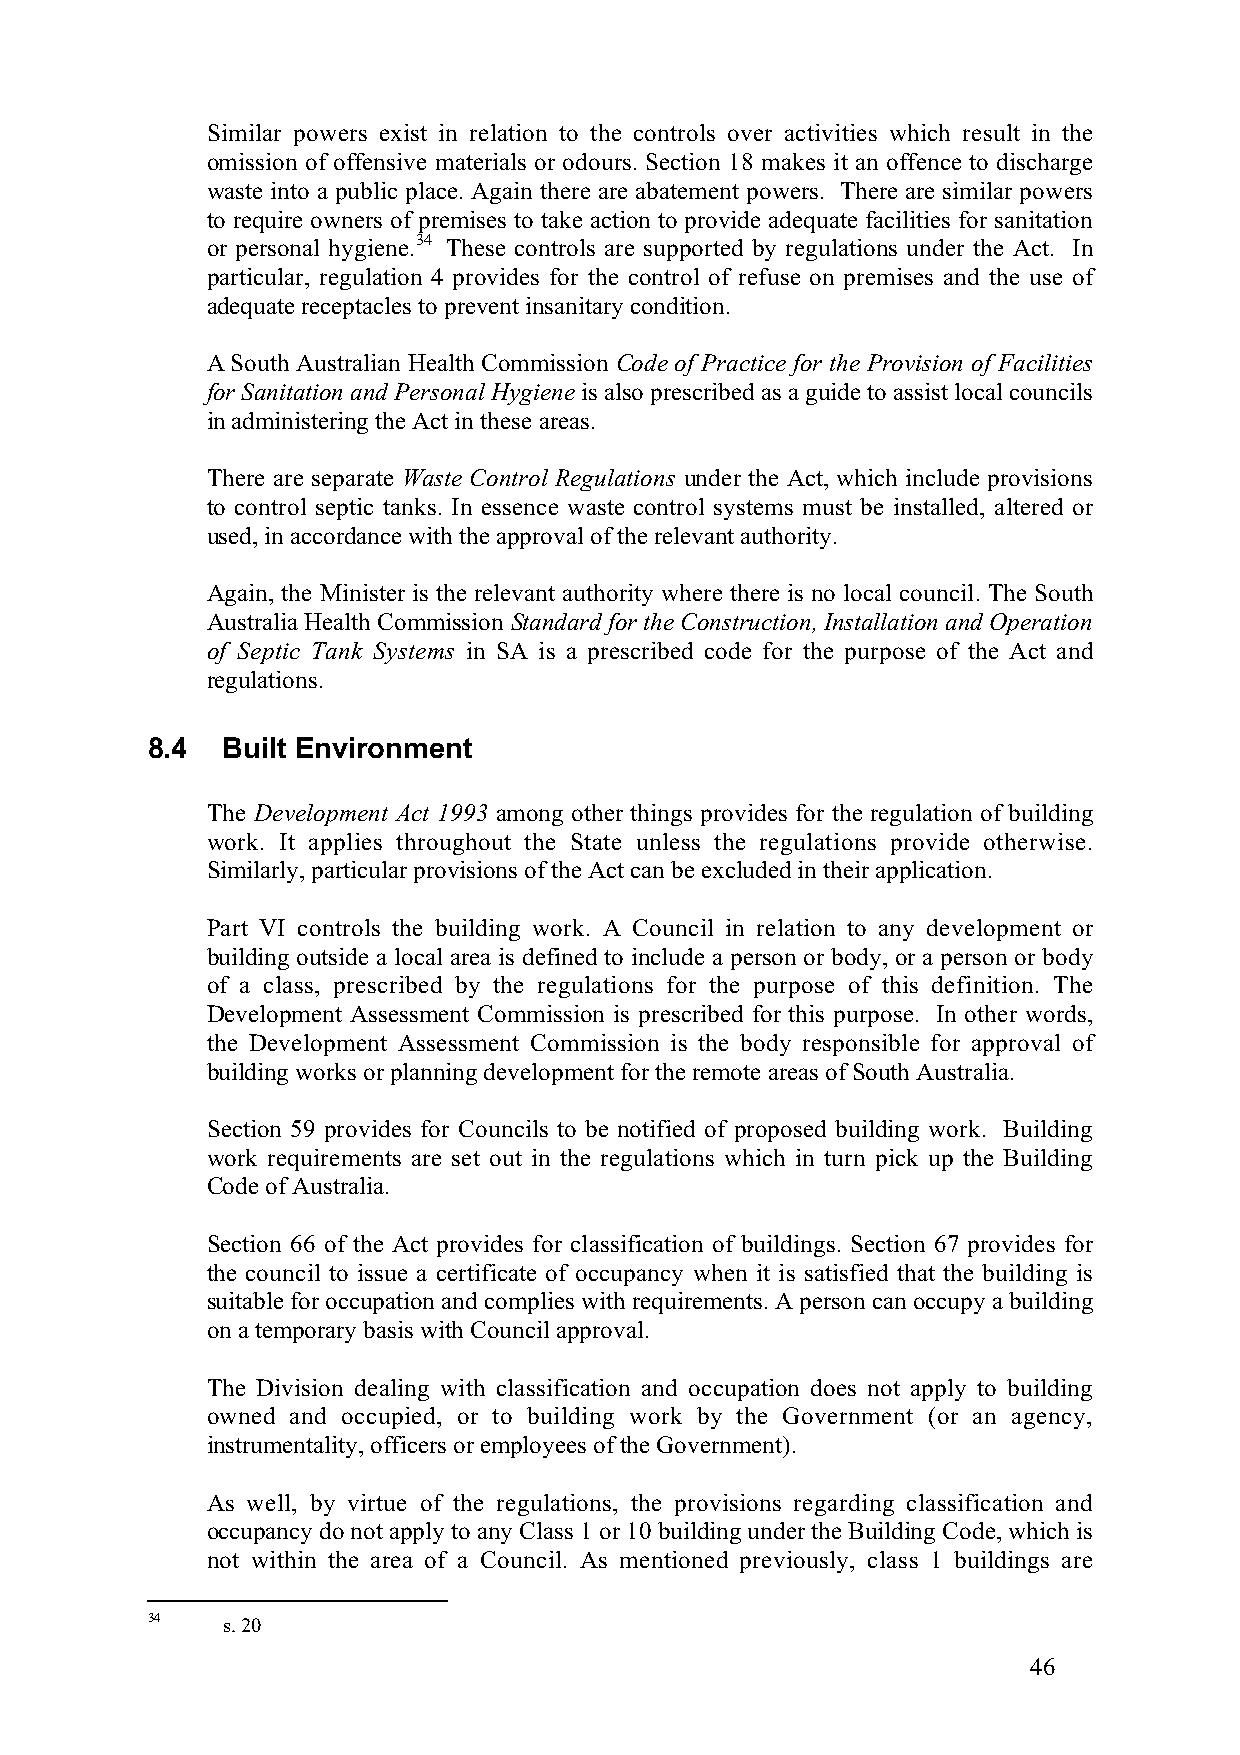
Similar powers exist in relation to the controls over activities which result in the
 omission of offensive materials or odours. Section 18 makes it an offence to discharge
 waste into a public place. Again there are abatement powers. There are similar powers
 to require owners of premises to take action to provide adequate facilities for sanitation
 or personal hygiene.34 These controls are supported by regulations under the Act. In
 particular, regulation 4 provides for the control of refuse on premises and the use of
 adequate receptacles to prevent insanitary condition.
 A South Australian Health Commission Code of Practice for the Provision of Facilities
 for Sanitation and Personal Hygiene is also prescribed as a guide to assist local councils
 in administering the Act in these areas.
 There are separate Waste Control Regulations under the Act, which include provisions
 to control septic tanks. In essence waste control systems must be installed, altered or
 used, in accordance with the approval of the relevant authority.
 Again, the Minister is the relevant authority where there is no local council. The South
 Australia Health Commission Standard for the Construction, Installation and Operation
 of Septic Tank Systems in SA is a prescribed code for the purpose of the Act and
 regulations.
 8.4  Built Environment
 The Development Act 1993 among other things provides for the regulation of building
 work. It applies throughout the State unless the regulations provide otherwise.
 Similarly, particular provisions of the Act can be excluded in their application.
 Part VI controls the building work. A Council in relation to any development or
 building outside a local area is defined to include a person or body, or a person or body
 of a class, prescribed by the regulations for the purpose of this definition. The
 Development Assessment Commission is prescribed for this purpose. In other words,
 the Development Assessment Commission is the body responsible for approval of
 building works or planning development for the remote areas of South Australia.
 Section 59 provides for Councils to be notified of proposed building work. Building
 work requirements are set out in the regulations which in turn pick up the Building
 Code of Australia.
 Section 66 of the Act provides for classification of buildings. Section 67 provides for
 the council to issue a certificate of occupancy when it is satisfied that the building is
 suitable for occupation and complies with requirements. A person can occupy a building
 on a temporary basis with Council approval.
 The Division dealing with classification and occupation does not apply to building
 owned and occupied, or to building work by the Government (or an agency,
 instrumentality, officers or employees of the Government).
 As well, by virtue of the regulations, the provisions regarding classification and
 occupancy do not apply to any Class 1 or 10 building under the Building Code, which is
 not within the area of a Council. As mentioned previously, class 1 buildings are
 34   s. 20
 46